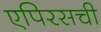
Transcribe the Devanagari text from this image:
एपिरसची